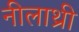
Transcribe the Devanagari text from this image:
नीलाथ्री